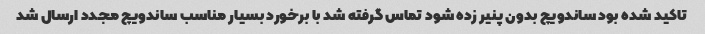
تاکید شده بود ساندویچ بدون پنیر زده شود تماس گرفته شد با برخورد بسیار مناسب ساندویچ مجدد ارسال شد